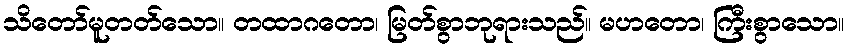
သိတော်မူတတ်သော။ တထာဂတော၊ မြတ်စွာဘုရားသည်။ မဟတော၊ ကြီးစွာသော။